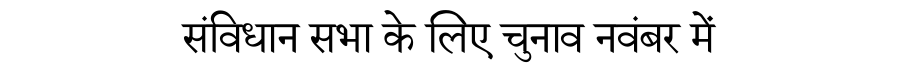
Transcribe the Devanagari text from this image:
संविधान सभा के लिए चुनाव नवंबर में